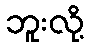
ဘူးလို့